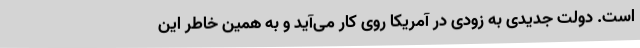
است. دولت جدیدی به زودی در آمریکا روی کار می‌آید و به همین خاطر این